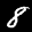
Label: 8